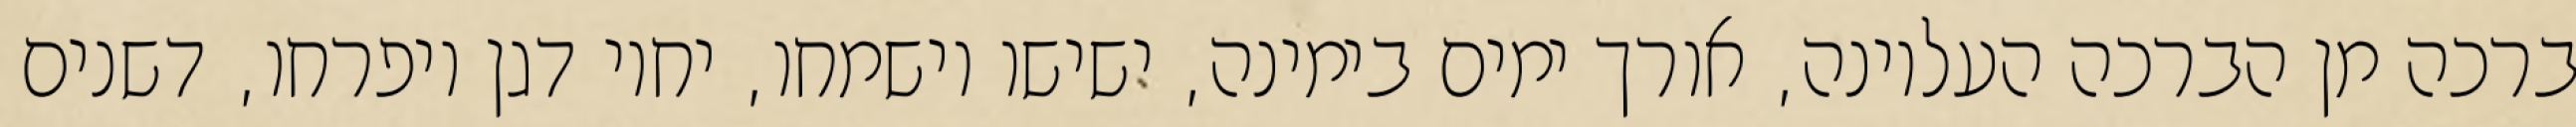
ברכה מן הברכה העליונה, אורך ימים בימינה, ישישו וישמחו, יחיו דגן ויפרחו, דשנים